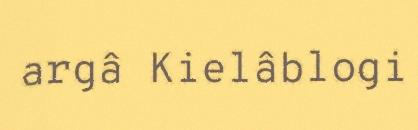
argâ Kielâblogi